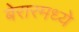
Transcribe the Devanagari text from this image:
बेरारमध्ये